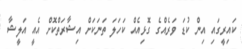
ކައިރީގައި އިން ކުޑަ ވަރެއްގެ ގޮޅިއެއް ކަހަލަ ތަނަކަށް އިޝާރަތްކޮށް އެއީ އަލީޝާ